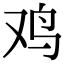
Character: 鸡